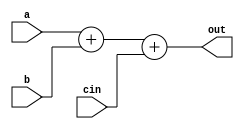
module ALU(out, a, b, cin);

output [7:0] out;
input [7:0] a;
input [7:0] b;
input cin;

assign out = a + b + cin;

endmodule